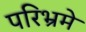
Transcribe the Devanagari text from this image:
परिभ्रमे